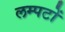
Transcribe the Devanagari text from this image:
लम्पटों